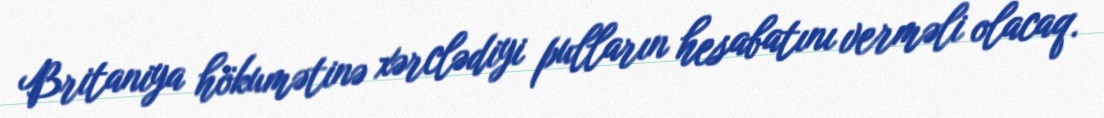
Britaniya hökumətinə xərclədiyi pulların hesabatını verməli olacaq.